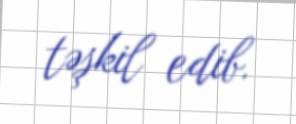
təşkil edib.